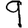
Digit: 9